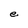
Character: e